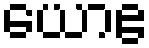
ယောဧ